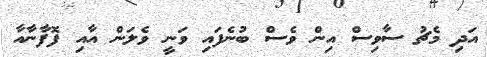
އަދި މެޗު ސާވިސް އިން ވެސް ބުނެފައި ވަނީ ވެލަން އާއި ފޮފާނާއާ